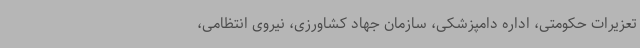
تعزیرات حکومتی، اداره دامپزشکی، سازمان جهاد کشاورزی، نیروی انتظامی،